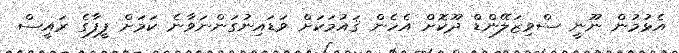
އެޅުމުން ނޫނީ ސްވިޒަލޭންޑް ދޫކޮށް އެހެން ޤައުމަކަށް ވަޑައިނުގަންނަވާނެ ކަމަށް ފީފާގެ ރައީސް